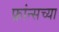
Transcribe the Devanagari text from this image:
फ्रांन्सच्या